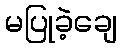
မပြုခဲ့ချေ